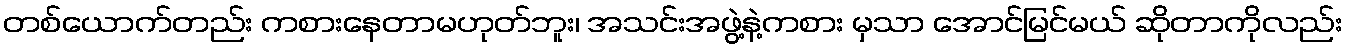
တစ်ယောက်တည်း ကစားနေတာမဟုတ်ဘူး၊ အသင်းအဖွဲ့နဲ့ကစား မှသာ အောင်မြင်မယ် ဆိုတာကိုလည်း